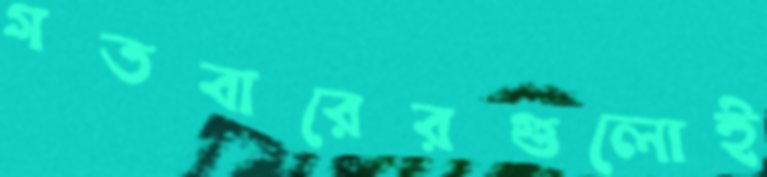
গতবারেরগুলোই